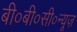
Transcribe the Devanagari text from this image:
बी०बी०सी०न्यूज़